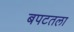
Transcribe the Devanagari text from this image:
बपटतला